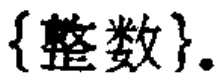
$\{\text{整数}\}.$